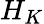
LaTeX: H_{K}